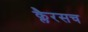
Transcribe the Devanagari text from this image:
क्लैरसच